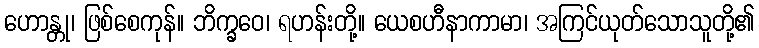
ဟောန္တု၊ ဖြစ်စေကုန်။ ဘိက္ခဝေ၊ ရဟန်းတို့။ ယေစဟီနာကာမာ၊ အကြင်ယုတ်သောသူတို့၏